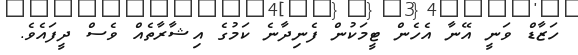
ހަޒާޑް ވަނީ އޭނާ އެހެން ޓީމަކުން ފެނިދާނެ ކަމުގެ އިޝާރާތެއް ވެސް ދީފައެވެ.